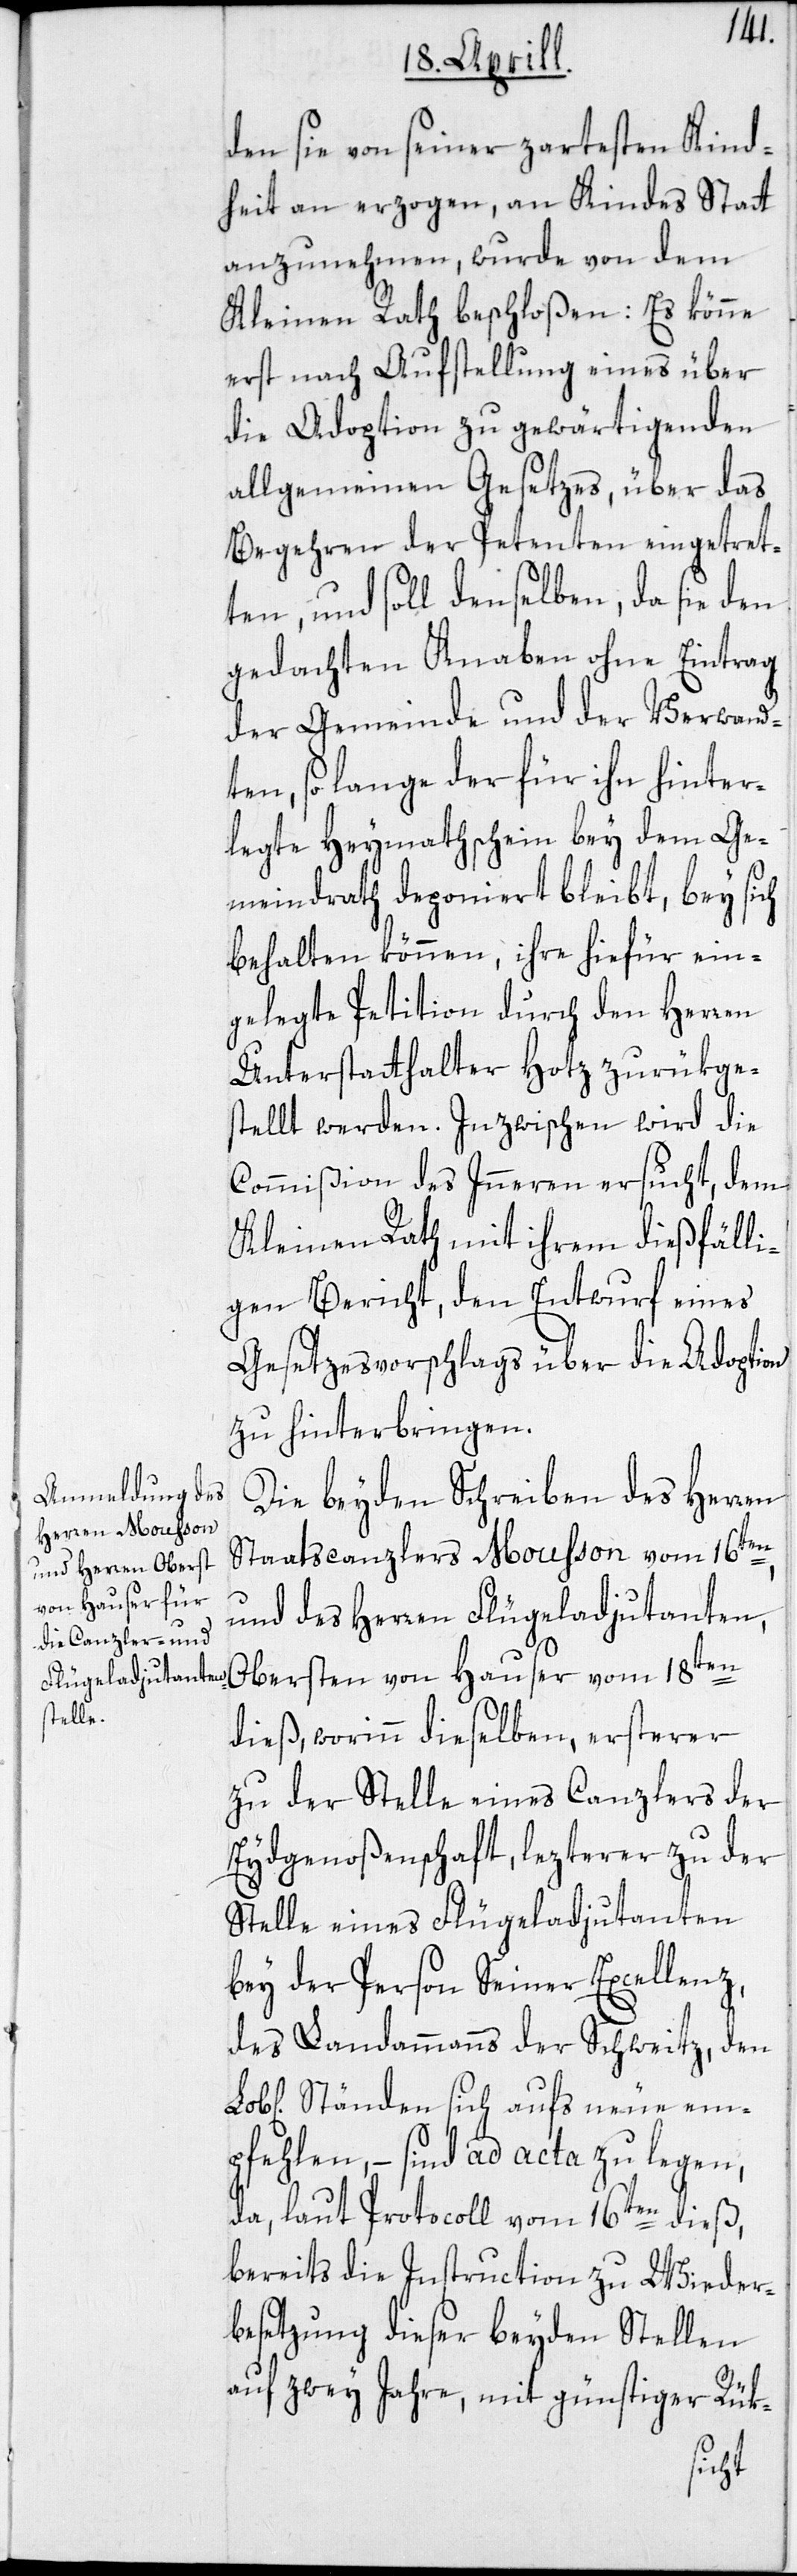
den sie von seiner zartesten Kind¬
heit an erzogen, an Kindes Statt
anzunehmen, wurde von dem
Kleinen Rath beschloßen: Es könne
erst nach Aufstellung eines über
die Adoption zu gewärtigenden
allgemeinen Gesetzes, über das
Begehren der Petenten eingetret¬
ten, und soll denselben, da sie den
gedachten Knaben ohne Eintrag
der Gemeinde und der Verwand¬
ten, so lange der für ihn hinter¬
legte Heymathschein bey dem Ge¬
meindrath deponiert bleibt, bey sich
behalten können, ihre hiefür ein¬
gelegte Petition durch den Herren
Unterstatthalter Hotz zurükges¬
tellt werden. Inzwischen wird die
Commißion des Inneren ersucht, dem
Kleinen Rath mit ihrem dießfälli¬
gen Bericht, den Entwurf eines
Gesetzesvorschlags über die Adoption
zu hinterbringen.
Die beyden Schreiben des Herren
Staatscanzlers Mousson vom 16ten
und des Herren Flügeladjutanten,
Obersten von Hauser vom 18ten
dieß, worinn dieselben, ersterer
zu der Stelle eines Canzlers der
Eydsgenoßenschaft, lezterer zu der
Stelle eines Flügeladjutanten
bey der Person Seiner Excellenz,
des Landammanns der Schweitz, den
Ständen sich aufs neue em¬
pfehlen, – sind ad acta zu legen,
da, laut Protocoll vom 16ten dieß,
bereits die Instruction zu Wieder¬
besetzung dieser beyden Stellen
auf zwey Jahre, mit günstiger Rük-